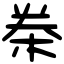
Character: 桊